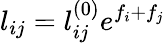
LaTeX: l_{ij}=l_{ij}^{(0)}e^{f_{i}+f_{j}}